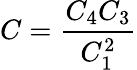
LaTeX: {\displaystyle{C=\frac{C_{4}C_{3}}{C_{1}^{2}}}}